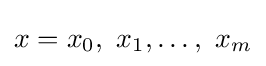
x=x_{0},\ x_{1},\dots ,\ x_{m}